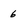
Character: 6